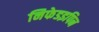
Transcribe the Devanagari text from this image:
निफेडइपिन